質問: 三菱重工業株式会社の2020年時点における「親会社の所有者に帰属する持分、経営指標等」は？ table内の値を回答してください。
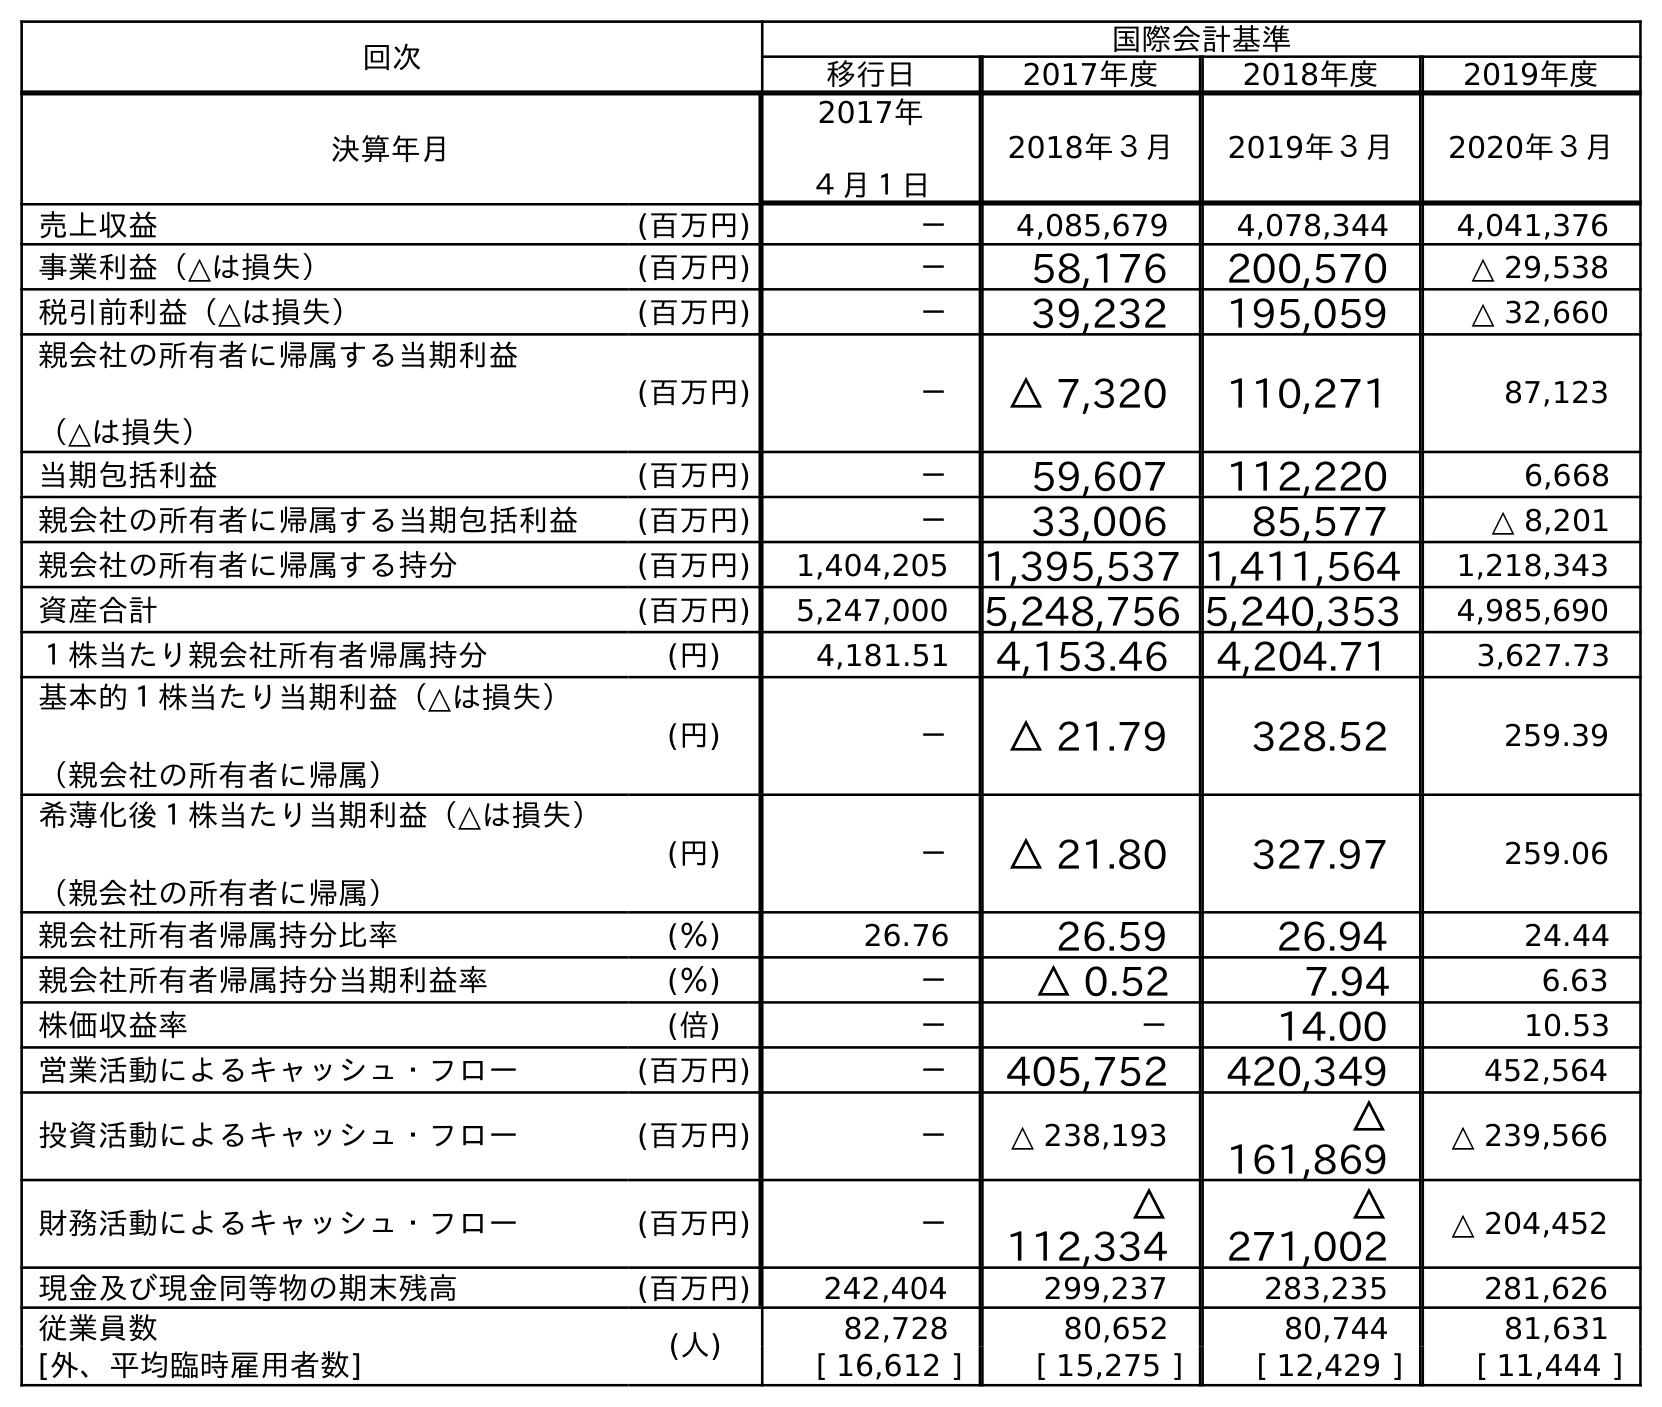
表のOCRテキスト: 回次 国際会計基準 移行日 2017年度 2018年度 2019年度 決算年月 2017年 ４月１日 2018年３月 2019年３月 2020年３月 売上収益 (百万円) － 4,085,679 4,078,344 4,041,376 事業利益（△は損失） (百万円) － 58,176 200,570 △ 29,538 税引前利益（△は損失） (百万円) － 39,232 195,059 △ 32,660 親会社の所有者に帰属する当期利益 （△は損失） (百万円) － △ 7,320 110,271 87,123 当期包括利益 (百万円) － 59,607 112,220 6,668 親会社の所有者に帰属する当期包括利益 (百万円) － 33,006 85,577 △ 8,201 親会社の所有者に帰属する持分 (百万円) 1,404,205 1,395,537 1,411,564 1,218,343 資産合計 (百万円) 5,247,000 5,248,756 5,240,353 4,985,690 １株当たり親会社所有者帰属持分 (円) 4,181.51 4,153.46 4,204.71 3,627.73 基本的１株当たり当期利益（△は損失） （親会社の所有者に帰属） (円) － △ 21.79 328.52 259.39 希薄化後１株当たり当期利益（△は損失） （親会社の所有者に帰属） (円) － △ 21.80 327.97 259.06 親会社所有者帰属持分比率 (％) 26.76 26.59 26.94 24.44 親会社所有者帰属持分当期利益率 (％) － △ 0.52 7.94 6.63 株価収益率 (倍) － － 14.00 10.53 営業活動によるキャッシュ・フロー (百万円) － 405,752 420,349 452,564 投資活動によるキャッシュ・フロー (百万円) － △ 238,193 △ 161,869 △ 239,566 財務活動によるキャッシュ・フロー (百万円) － △ 112,334 △ 271,002 △ 204,452 現金及び現金同等物の期末残高 (百万円) 242,404 299,237 283,235 281,626 従業員数 (人) 82,728 80,652 80,744 81,631 [外、平均臨時雇用者数] [ 16,612 ] [ 15,275 ] [ 12,429 ] [ 11,444 ]
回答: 1,218,343